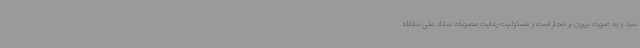
سرد و به صورت بیرون بر مجاز است و مسئولیت رعایت مصوبات ستاد ملی مقابله